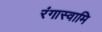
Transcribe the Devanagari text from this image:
रंगास्वामि